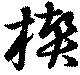
楔